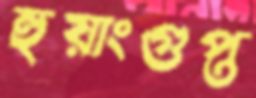
হুয়াংগুপ্ত